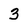
Character: 3